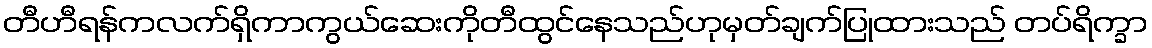
တီဟီရန်ကလက်ရှိကာကွယ်ဆေးကိုတီထွင်နေသည်ဟုမှတ်ချက်ပြုထားသည် တပ်ရိက္ခာ